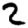
Digit: 2